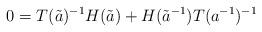
LaTeX: \begin{align*}0 &=T(\tilde{a})^{-1}H(\tilde{a})+ H(\tilde{a}^{-1})T(a^{-1})^{-1}\end{align*}